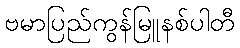
ဗမာပြည်ကွန်မြူနစ်ပါတီ